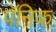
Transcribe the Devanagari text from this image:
पॅनिक